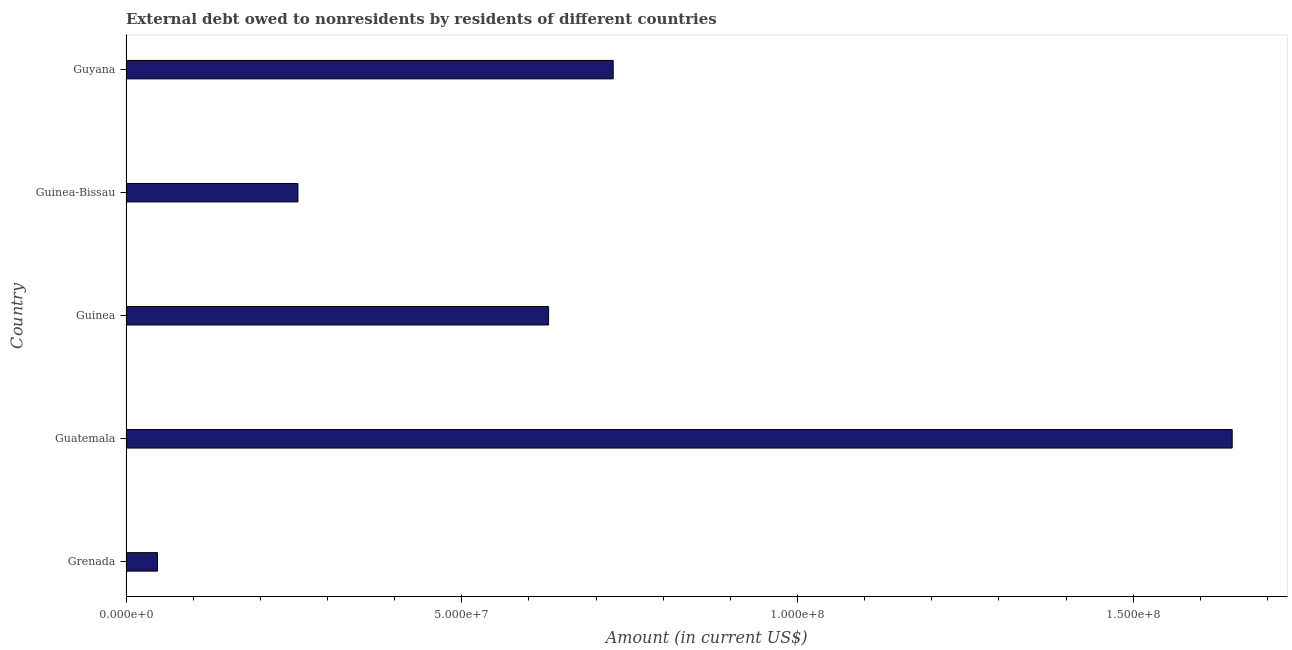
| Country | Debt |
 | --- | --- |
 | Grenada | 4.68e+06 |
 | Guatemala | 1.65e+08 |
 | Guinea | 6.29e+07 |
 | Guinea-Bissau | 2.56e+07 |
 | Guyana | 7.26e+07 |